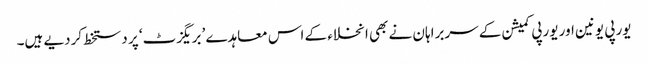
یورپی یونین اور یورپی کمیشن کے سربراہان نے بھی انخلاء کے اس معاہدے ’بریگزٹ‘ پر دستخط کردیے ہیں۔